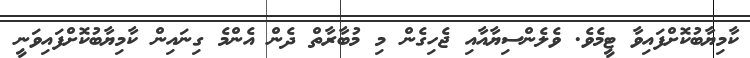
ކާމިޔާބުކޮށްފައިވާ ޓީމެވެ. ވެލެންސިޔާއާއި ޖެހިގެން މި މުބާރާތް ދެން އެންމެ ގިނައިން ކާމިޔާބުކޮށްފައިވަނީ